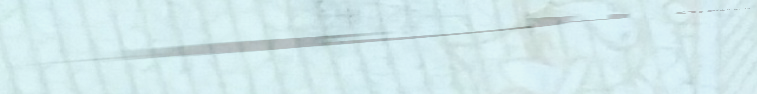
تأجير السيارات الفاخرة لل